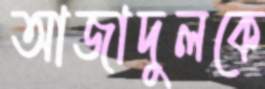
আজাদুলকে